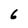
Character: 6